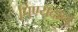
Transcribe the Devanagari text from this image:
पिण्यदान